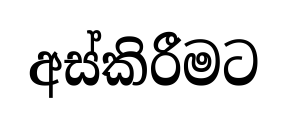
අස්කිරීමට